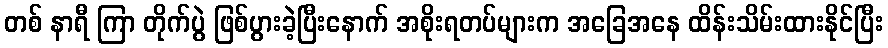
တစ် နာရီ ကြာ တိုက်ပွဲ ဖြစ်ပွားခဲ့ပြီးနောက် အစိုးရတပ်များက အခြေအနေ ထိန်းသိမ်းထားနိုင်ပြီး